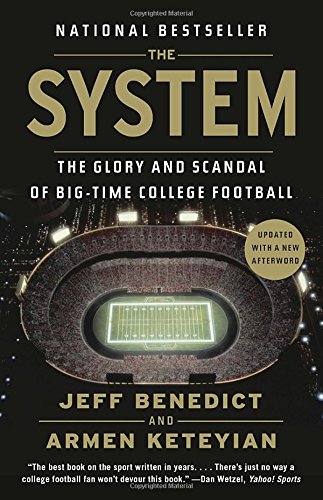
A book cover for The System: The Glory and Scandal of Big-Time College Football; Jeff Benedict; Business & Money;